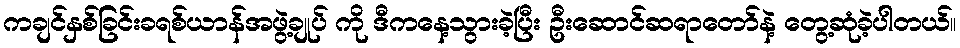
ကချင်နှစ်ခြင်းခရစ်ယာန်အဖွဲ့ချုပ် ကို ဒီကနေ့သွားခဲ့ပြီး ဦးဆောင်ဆရာတော်နဲ့ တွေ့ဆုံခဲ့ပါတယ်။